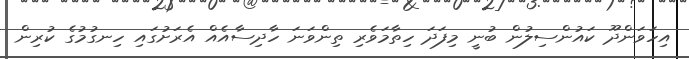
އިހަވަންދޫ ކައުންސިލުން ބުނީ މިފަދަ ހިތާމަވެރި ތިންވަނަ ހާދިސާއެއް އެރަށުގައި ހިނގުމުގެ ކުރިން